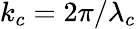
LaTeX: k_{c}=2\pi/\lambda_{c}